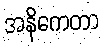
အနိကေတာ